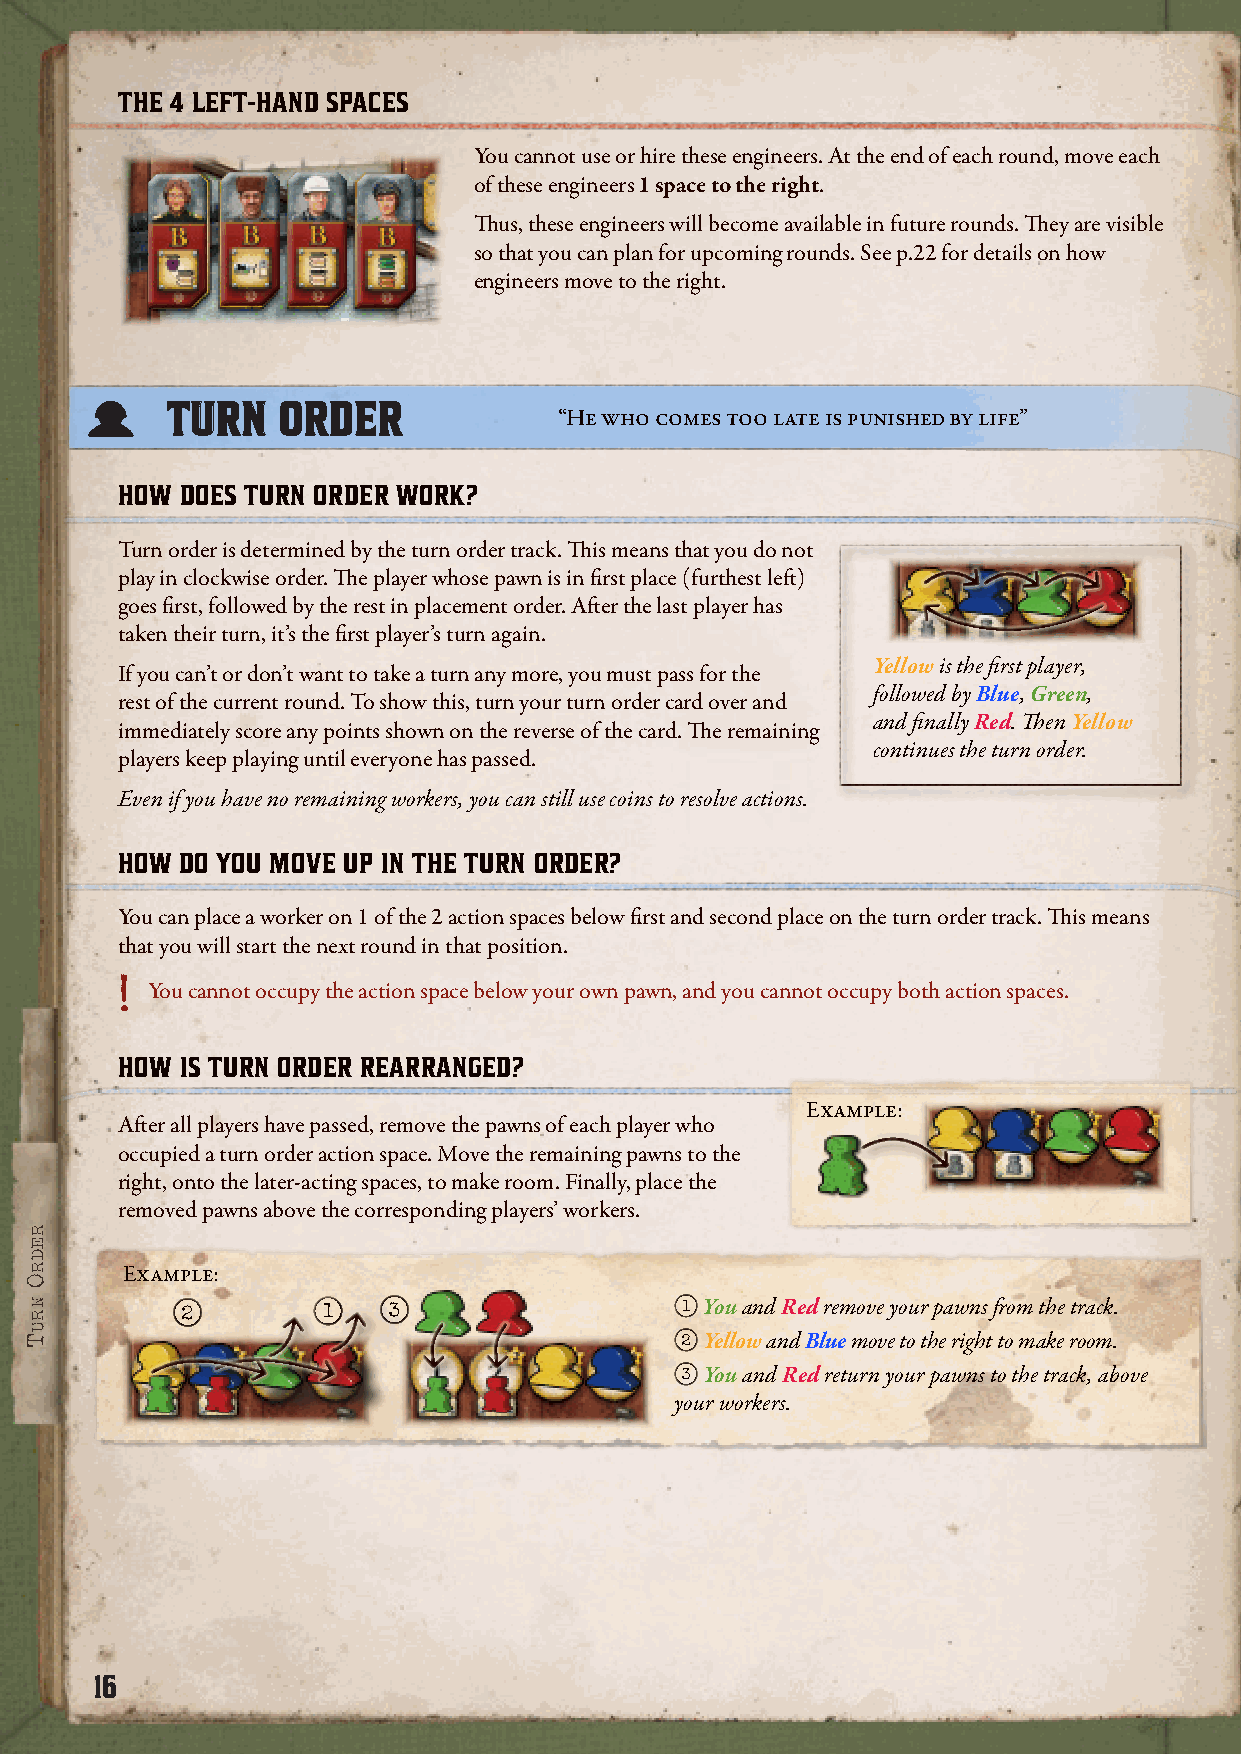
THE 4 LEFT-HAND SPACES
 You cannot use or hire these engineers. At the end of each round, move each
 of these engineers 1 space to the right.
 Thus, these engineers will become available in future rounds. They are visible
 so that you can plan for upcoming rounds. See p.22 for details on how
 engineers move to the right.
 TTUURRNN OORRDDEERR
 “He who comes too late is punished by life”
 HOW DOES TURN ORDER WORK?
 Turn order is determined by the turn order track. This means that you do not
 play in clockwise order. The player whose pawn is in first place (furthest left)
 goes first, followed by the rest in placement order. After the last player has
 taken their turn, it’s the first player’s turn again.
 If you can’t or don’t want to take a turn any more, you must pass for the Yellow is the first player,
 rest of the current round. To show this, turn your turn order card over and followed by Blue, Green,
 immediately score any points shown on the reverse of the card. The remaining and finally Red. Then Yellow
 players keep playing until everyone has passed.   continues the turn order.
 Even if you have no remaining workers, you can still use coins to resolve actions.
 HOW DO YOU MOVE UP IN THE TURN ORDER?
 You can place a worker on 1 of the 2 action spaces below first and second place on the turn order track. This means
 that you will start the next round in that position.
 !
 You cannot occupy the action space below your own pawn, and you cannot occupy both action spaces.
 HOW IS TURN ORDER REARRANGED?
 Example:
 After all players have passed, remove the pawns of each player who
 occupied a turn order action space. Move the remaining pawns to the
 right, onto the later-acting spaces, to make room. Finally, place the
 removed pawns above the corresponding players’ workers.
 Example:
 2        1    3                  1 You and Red remove your pawns from the track.
 2 Yellow and Blue move to the right to make room.
 3 You and Red return your pawns to the track, above
 your workers.
 16
 redrO
 nruT